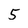
Character: 5